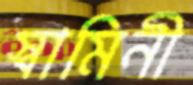
স্বামিনী